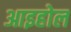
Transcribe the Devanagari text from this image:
आइहोल